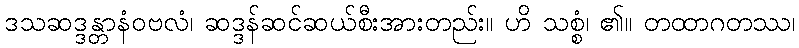
ဒသဆဒ္ဒန္တာနံဝဗလံ၊ ဆဒ္ဒန်ဆင်ဆယ်စီးအားတည်း။ ဟိ သစ္စံ၊ ၏။ တထာဂတဿ၊